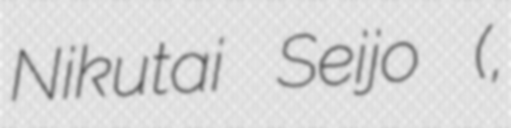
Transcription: Nikutai Seijo (汚れた肉体聖女,